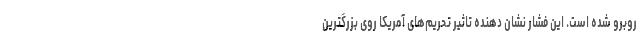
روبرو شده است. این فشار نشان دهنده تاثیر تحریم‌های آمریکا روی بزرگترین